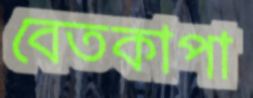
বেতকাপা